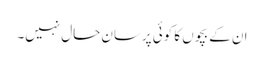
ان کے بچوں کا کوئی پرسانِ حال نہیں۔